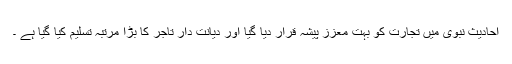
احادیث ِنبویؐ میں تجارت کو بہت معزز پیشہ قرار دیا گیا اور دیانت دار تاجر کا بڑا مرتبہ تسلیم کیا گیا ہے ۔